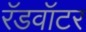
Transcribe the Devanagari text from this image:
रॅडवॉटर